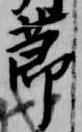
節